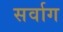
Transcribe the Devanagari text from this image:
सर्वाग